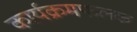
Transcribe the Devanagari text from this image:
कार्यक्रमफलक